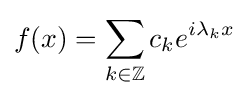
f(x)=\sum _{k\in \mathbb {Z} }c_{k}e^{i\lambda _{k}x}